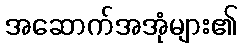
အဆောက်အအုံများ၏